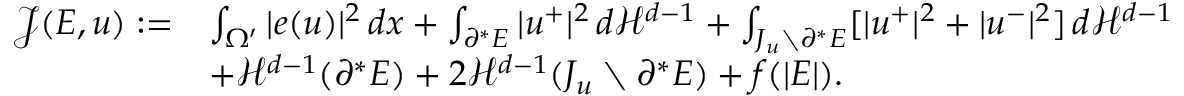
\begin{array} { r l } { { \mathcal J } ( E , u ) : = } & { \int _ { \Omega ^ { \prime } } | e ( u ) | ^ { 2 } \, d x + \int _ { \partial ^ { * } E } | u ^ { + } | ^ { 2 } \, d { \mathcal { H } } ^ { d - 1 } + \int _ { J _ { u } \setminus \partial ^ { * } E } [ | u ^ { + } | ^ { 2 } + | u ^ { - } | ^ { 2 } ] \, d { \mathcal { H } } ^ { d - 1 } } \\ & { + { \mathcal { H } } ^ { d - 1 } ( \partial ^ { * } E ) + 2 { \mathcal { H } } ^ { d - 1 } ( J _ { u } \setminus \partial ^ { * } E ) + f ( | E | ) . } \end{array}